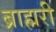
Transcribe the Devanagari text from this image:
ब्राह्मरी